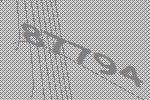
87794